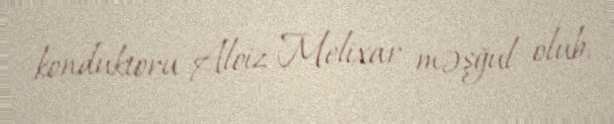
konduktoru Aloiz Melixar məşğul olub.